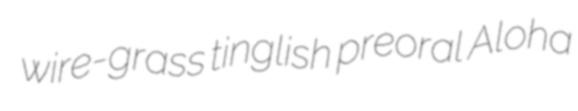
wire-grass tinglish preoral Aloha